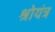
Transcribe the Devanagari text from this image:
श्रोयंत्र